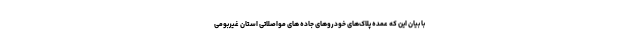
با بیان این که عمده پلاک‌های خودروهای جاده های مواصلاتی استان غیربومی